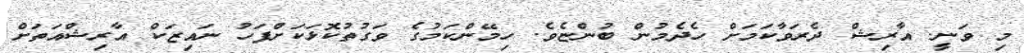
މި ވަނީ. އާރިޝް ދެރަވާކަމަށް ހެދެމުން ބުންޏެވެ. ހިމޭންކަމުގެ ވަގުތުކޮޅަކަށްފަހު ނައިޒަކް އާރިޝްއަތަށް